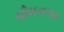
ચીમનગઢ